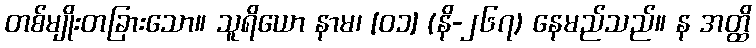
တစ်မျိုးတခြားသော။ သူရိယော နာမ၊ [၀၁] (နိ-၂၆၇) နေမည်သည်။ န အတ္ထိ